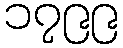
၁၇၉၉